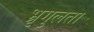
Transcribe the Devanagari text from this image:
भ्रृगुलता